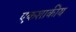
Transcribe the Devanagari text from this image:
एकशाकीय